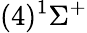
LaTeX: (4)^{1}\Sigma^{+}